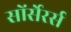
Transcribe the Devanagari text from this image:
सोंर्सेरर्स